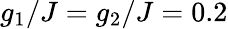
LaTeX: g_{1}/J=g_{2}/J=0.2